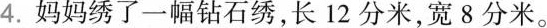
4.妈妈绣了一幅钻石绣，长12分米，宽8分米。